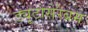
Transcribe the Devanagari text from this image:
ड्यूटोसेरेब्रम